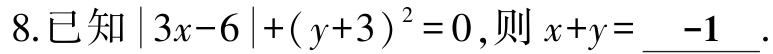
8.已知\(\vert 3x - 6\vert+(y + 3)^{2}=0\)，则\(x + y=\underline{ -1}\).